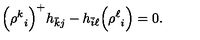
\Bigl ( { \rho ^ { k } } _ { i } \Bigr ) ^ { + } h _ { \bar { k } j } - h _ { \bar { i } \ell } \Bigl ( { \rho ^ { \ell } } _ { i } \Bigr ) = 0 .